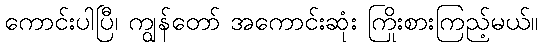
ကောင်းပါပြီ၊ ကျွန်တော် အကောင်းဆုံး ကြိုးစားကြည့်မယ်။